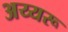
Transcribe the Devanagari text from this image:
अय्यरू